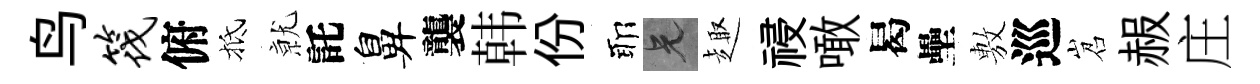
鸟筏俯抵𭕒託鼻襲韩份耶兄趣祲噉曷壘𢾾巡岧赧庄